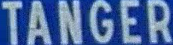
TANGER